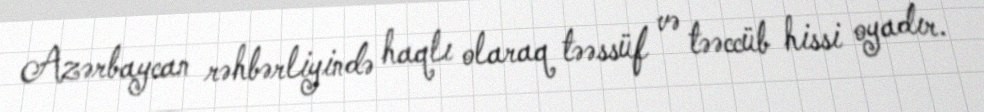
Azərbaycan rəhbərliyində haqlı olaraq təəssüf və təəccüb hissi oyadır.